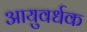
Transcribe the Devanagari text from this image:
आयुवर्धक